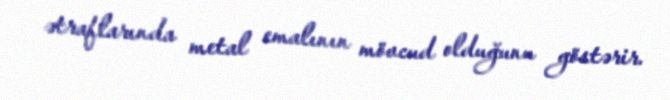
ətraflarında metal emalının mövcud olduğunu göstərir.